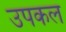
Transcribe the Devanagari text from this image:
उपकल